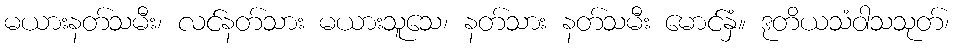
မယားနတ်သမီး၊ လင်နတ်သား မယားသူသေ၊ နတ်သား နတ်သမီး မောင်နှံ။ ဒုတိယသံဝါသသုတ်၊